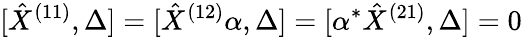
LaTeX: [\hat{X}^{(11)},\Delta]=[\hat{X}^{(12)}\alpha,\Delta]=[\alpha^{*}\hat{X}^{(21)},\Delta]=0